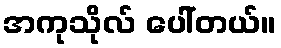
အကုသိုလ် ပေါ်တယ်။